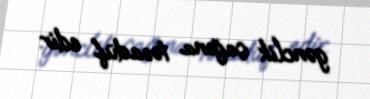
gənclik çağına təsadüf edir.